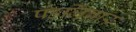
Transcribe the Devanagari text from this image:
पहलिबार